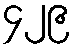
၄၂၉